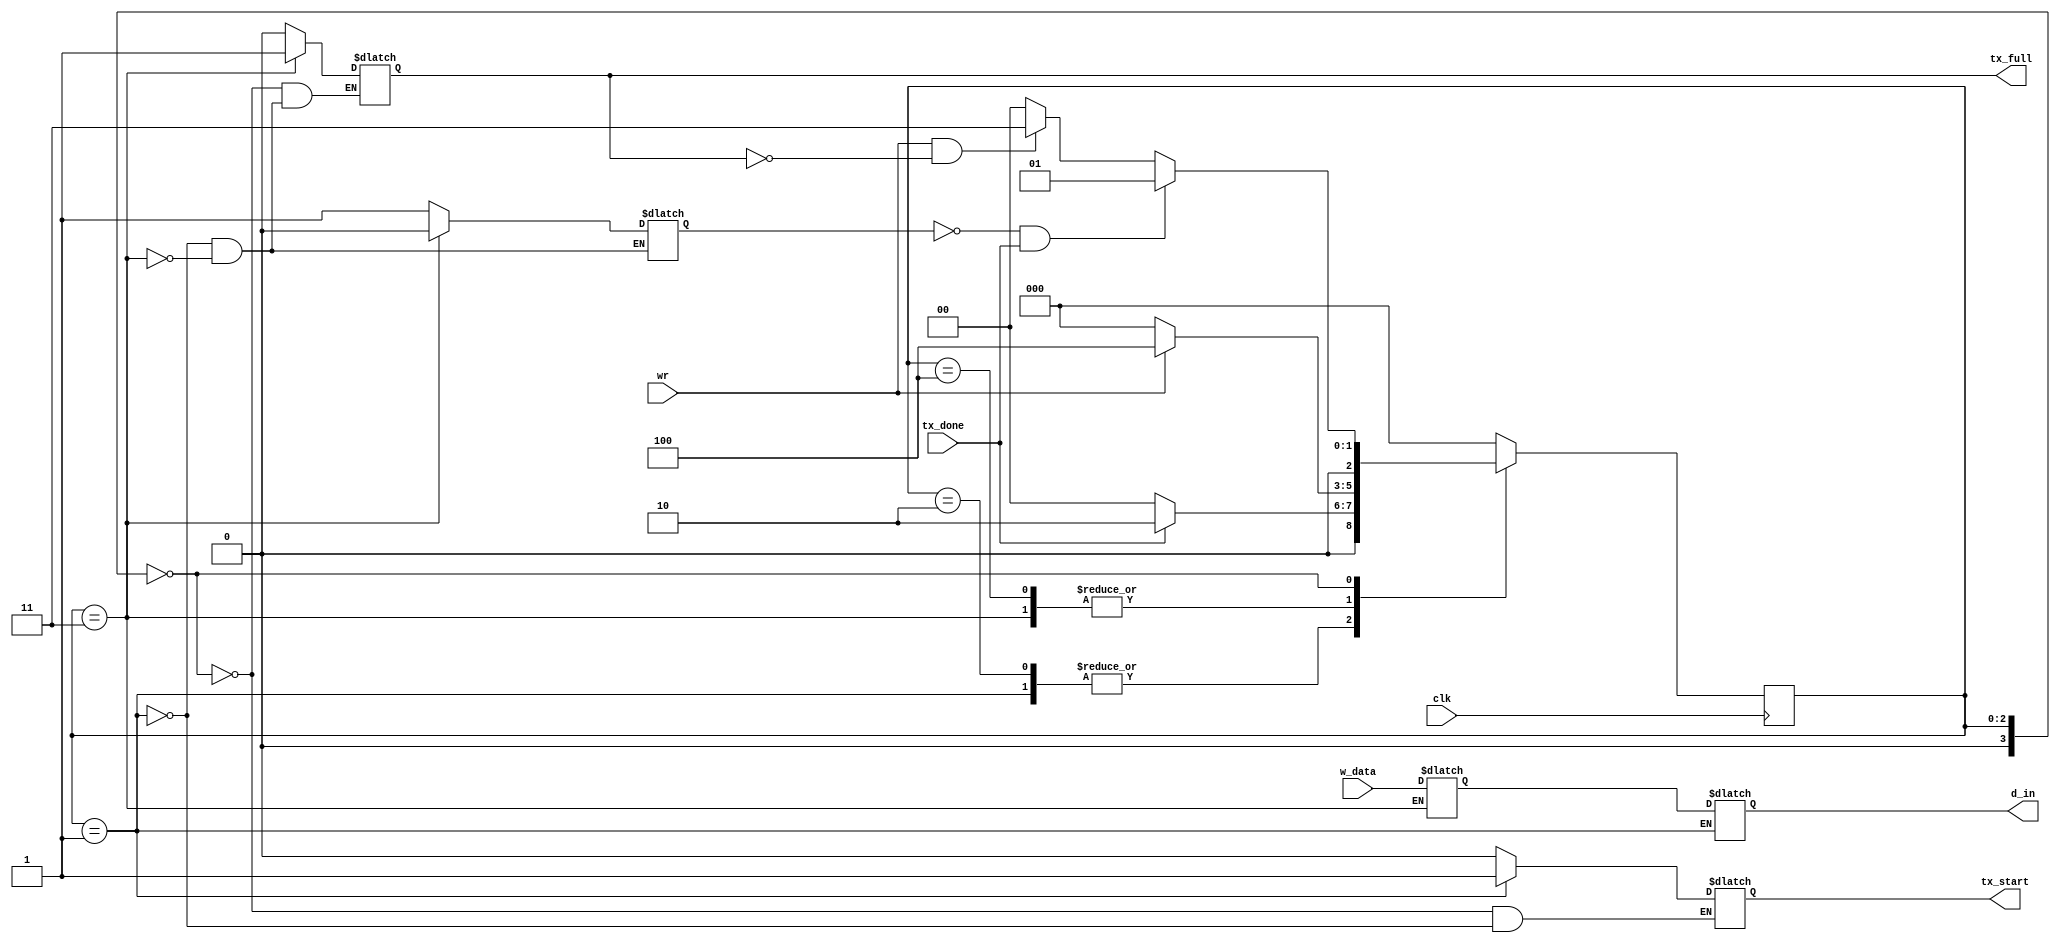
`timescale 1ns / 1ps
//////////////////////////////////////////////////////////////////////////////////
// Company: 
// Engineer: 
// 
// Design Name: 
// Module Name:    UART_FIFO_TX 
// Project Name: 
// Target Devices: 
// Tool versions: 
// Description: 
//
// Dependencies: 
//
// Revision: 
// Revision 0.01 - File Created
// Additional Comments: 
//
//////////////////////////////////////////////////////////////////////////////////
module fifo_transmitter
#(
	parameter DB=8
)
(
	input wire [DB-1:0] w_data,
	input wire tx_done,
	input wire wr,
	output reg [DB-1:0] d_in,
	output reg tx_full,
	output reg tx_start,
	input wire clk
);

//Declaro estados
localparam [3:0] IDLE = 3'b000,
					  ENVIO_A_TX = 3'b001,
					  ESPERO_A_TX = 3'b010,
					  RECIBO_DE_CPU = 3'b011,
					  ESPERO_A_CPU = 3'b100;
					  
//Declaracion de senales (las utilizare para el elemento de memoria por lo tanto son tipo REGISTRO)
reg[3:0] current_state=3'b000;
reg[3:0] next_state=3'b000;					  

		
//Stack FIFO.
reg [DB-1:0] stack=0;
reg stack_empty=1;


//Registro de estado (Memoria)
always @(posedge clk)
begin
	//Cada vez que viene un clock se actualiza el estado al proximo.
		current_state <= next_state;
end


//Logica de salida
//Maquina de estado de moore solo depende del estado en el que me encuentro.
//si fuera de mealy tendria en cuenta las entradas.
//El  always * entra cada vez que cambian las senales que tengo adentro del bloque always, en este caso
//solo entra cuando cambia current_state
always @*
	begin
		case(current_state)
		   IDLE:
				begin
					tx_start = 0;
					tx_full = 0;
				end
			ENVIO_A_TX:
				begin
					d_in=stack;
					tx_full=0;
					tx_start=1;
					stack_empty=1;
				end
			RECIBO_DE_CPU:
				begin
					stack=w_data;
					stack_empty=0;
					tx_full=1;
				end
		 endcase
	end//always de logica de salida

//Logica de cambio de estado
always @*
	begin
		//Puedo poner el estado por default al principio para evitar toda lea logica del estado default
		//Si ingresa a un case correcto se sobreescribe y no hay problema. Evitando la necesidad
		//de tener definido el default.
		next_state = IDLE; //En caso de un estado invalido
		case(current_state)
			ENVIO_A_TX:
				begin
					if(tx_done==1)
					begin
						next_state=ESPERO_A_TX;
					end
					else
					begin
						next_state=IDLE;
					end
				end
			ESPERO_A_TX:
				begin
					if(tx_done==1)
					begin
						next_state=ESPERO_A_TX;
					end
					else
					begin
						next_state=IDLE;
					end
				end
			RECIBO_DE_CPU:
				begin
					if(wr==1)
					begin
						next_state=ESPERO_A_CPU;
					end
					else
					begin
						next_state=IDLE;
					end
				end
			ESPERO_A_CPU:
				begin
					if(wr==1)
					begin
						next_state=ESPERO_A_CPU;
					end
					else
					begin
						next_state=IDLE;
					end
				end
			IDLE:
				begin
					if(stack_empty==0 && tx_done==1)
					begin
						next_state=ENVIO_A_TX;
					end
					else
					begin
						if(wr==1 && tx_full==0)
						begin
							next_state=RECIBO_DE_CPU;
						end
						else
						begin
							next_state=IDLE;
						end
					end
				end
		endcase
	end //always de logica cambio de estado

endmodule